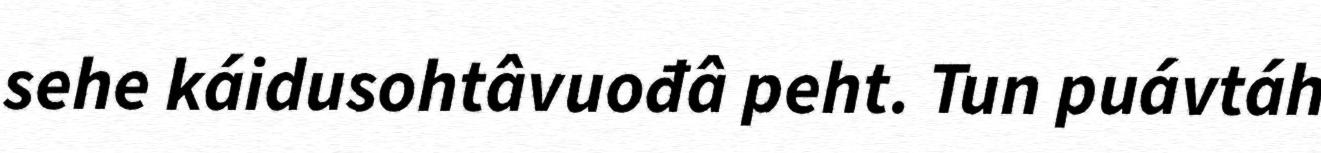
sehe káidusohtâvuođâ peht. Tun puávtáh